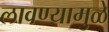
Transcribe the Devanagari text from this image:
लावण्यामुळे